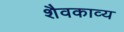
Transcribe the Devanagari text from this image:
शैवकाव्य